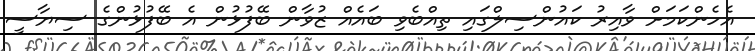
އެހެންކަމަށް ވާއިރު ކައުންސިލްގައި ތިއްބެވި ބައެއް ޒުވާން ބޭފުޅުން އެ ބޭފުޅުންގެ ސިޔާސީ